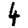
Digit: 4